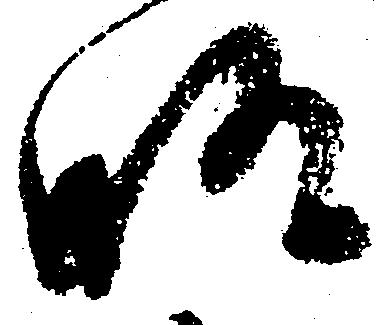
略